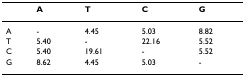
<table><thead><tr><td></td><td><b>A</b></td><td><b>T</b></td><td><b>C</b></td><td><b>G</b></td></tr></thead><tbody><tr><td>A</td><td>-</td><td>4.45</td><td>5.03</td><td>8.82</td></tr><tr><td>T</td><td>5.40</td><td>-</td><td>22.16</td><td>5.52</td></tr><tr><td>C</td><td>5.40</td><td>19.61</td><td>-</td><td>5.52</td></tr><tr><td>G</td><td>8.62</td><td>4.45</td><td>5.03</td><td>-</td></tr></tbody></table>